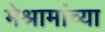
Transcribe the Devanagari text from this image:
मेश्रामांच्या